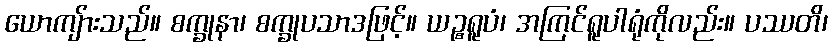
ယောကျ်ားသည်။ စက္ခုနာ၊ စက္ခုပသာဒဖြင့်။ ယဉ္စရူပံ၊ အကြင်ရူပါရုံကိုလည်း။ ပဿတိ၊